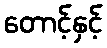
တောင့်နှင့်